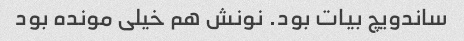
ساندویچ بیات بود. نونش هم خیلی مونده بود